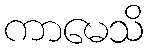
ကာမေသိ